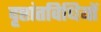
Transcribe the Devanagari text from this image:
दृष्टांतविधियों